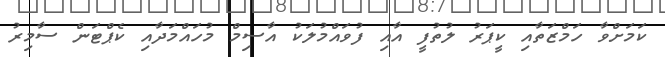
ކަމަށްވާ ހަމްޒަތާއި ކީޕަރު ލުތުފީ އާއި ފުވައްމުލަކު އާސިމް މުހައްމަދާއި ކެޕްޓަން ސާމިރު